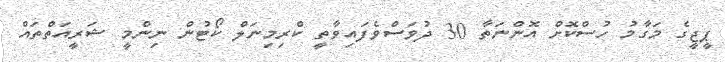
ޕީޖީގެ މަގާމު ހުސްކޮށް އޮންނަތާ 30 ދުވަސްވެފައިވާތީ ކްރިމިނަލް ކޯޓުން ނިންމީ ޝަރީއަތްތައް